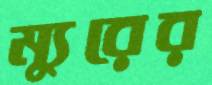
ম্যুরের